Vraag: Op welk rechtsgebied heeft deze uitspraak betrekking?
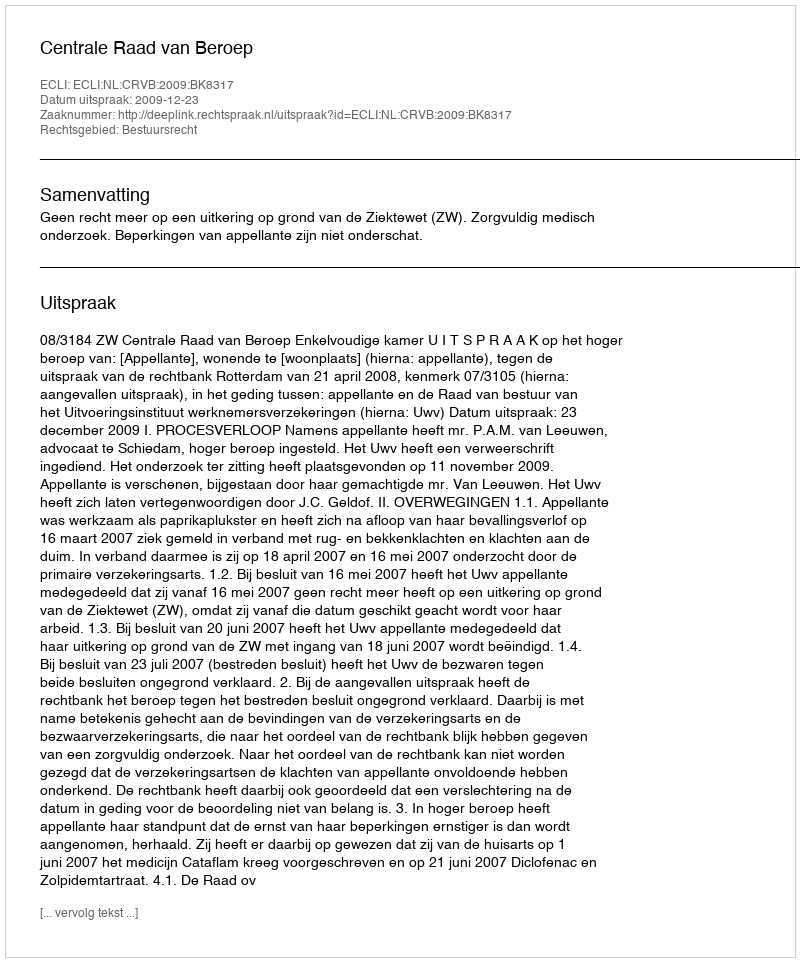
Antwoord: Bestuursrecht